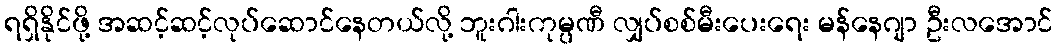
ရရှိနိုင်ဖို့ အဆင့်ဆင့်လုပ်ဆောင်နေတယ်လို့ ဘူးဂါးကုမ္ပဏီ လျှပ်စစ်မီးပေးရေး မန်နေဂျာ ဦးလအောင်